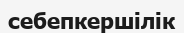
себепкершілік